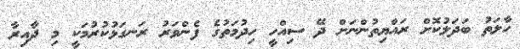
ހާލަތު ބަދަލުކޮށް ރައްޔިތުންނަށް ދޭ ސިއްހީ ހިދުމަތުގެ ފެންވަރު ރަނގަޅުކުރުމަކީ މި ދާއިރާ